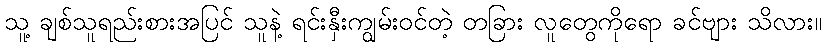
သူ့ ချစ်သူရည်းစားအပြင် သူနဲ့ ရင်းနှီးကျွမ်းဝင်တဲ့ တခြား လူတွေကိုရော ခင်ဗျား သိလား။